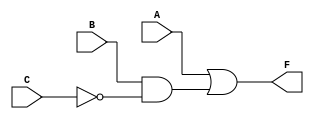
module three_variable_kmap (
    input wire A,  // Input A
    input wire B,  // Input B
    input wire C,  // Input C
    output wire F  // Output F
);

// Combinational logic based on the simplified expression F(A, B, C) = A + BC'
assign F = A | (B & ~C);

endmodule